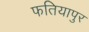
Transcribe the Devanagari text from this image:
फतियापुर